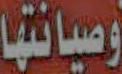
وصيانتها